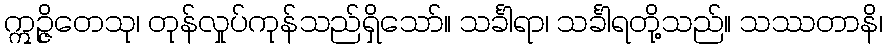
ဣဉ္ဇိတေသု၊ တုန်လှုပ်ကုန်သည်ရှိသော်။ သင်္ခါရာ၊ သင်္ခါရတို့သည်။ သဿတာနိ၊